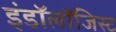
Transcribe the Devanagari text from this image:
इंडॉलॉजिस्ट